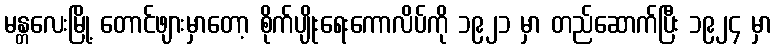
မန္တလေးမြို့ တောင်ဖျားမှာတော့ စိုက်ပျိုးရေးကောလိပ်ကို ၁၉၂၁ မှာ တည်ဆောက်ပြီး ၁၉၂၄ မှာ